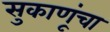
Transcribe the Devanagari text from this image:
सुकाणूंचा